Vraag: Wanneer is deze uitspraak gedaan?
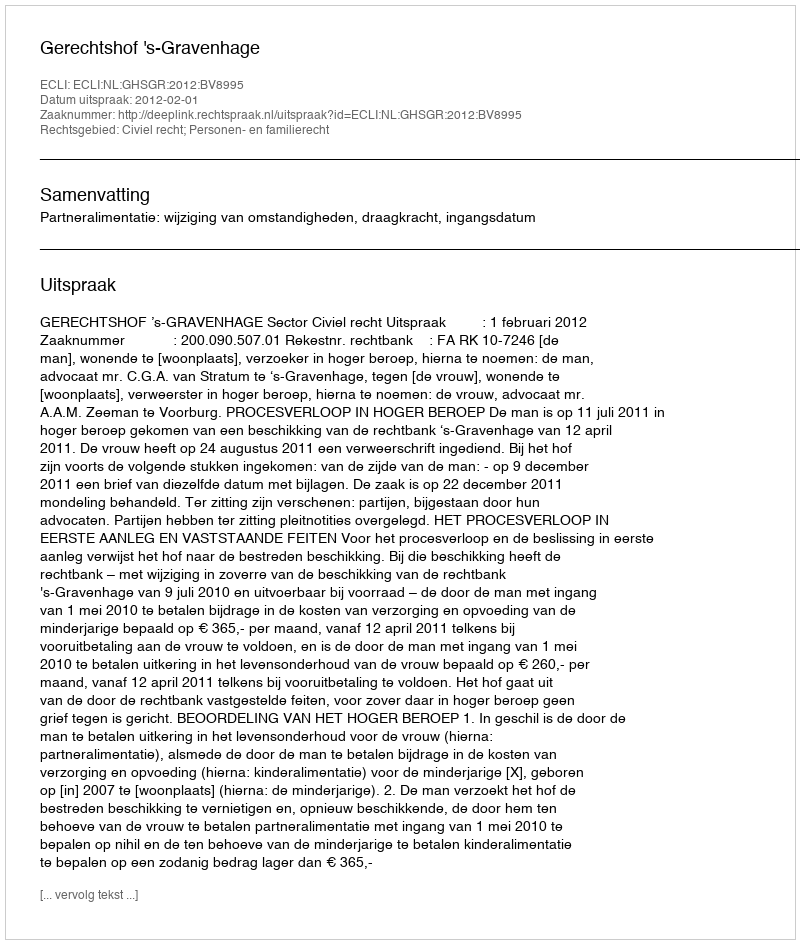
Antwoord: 2012-02-01